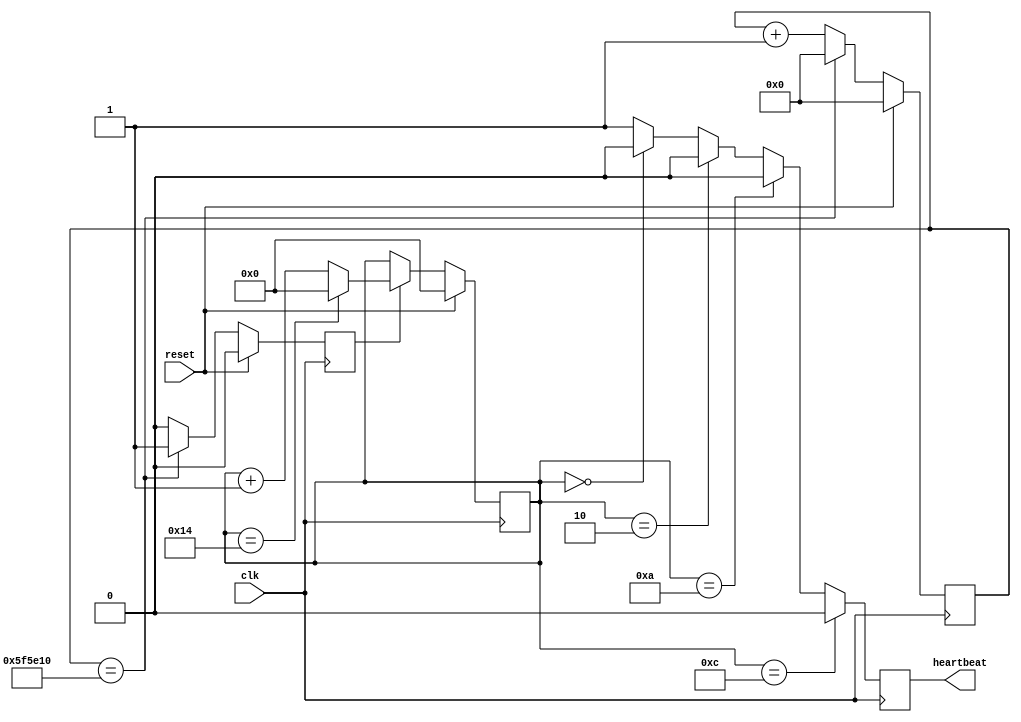
///////////////////////////////////////////////////////////////////////////////
// $Id: cpci_heartbeat.v 6061 2010-04-01 20:53:23Z grg $
//
// Module: cpci_heartbeat.v
// Project: CPCI
// Description:
//              Implements the LED heartbeat
//
///////////////////////////////////////////////////////////////////////////////


module cpci_heartbeat

   (

    output reg heartbeat,

    input reset,
    input clk

    );

   // generate a much slower clock - 10 Hz

   parameter MAX_COUNT = 6250000;

   reg [23:0] ten_hertz_count;

   always @(posedge clk)
     if (reset) ten_hertz_count <= 'h0;
     else
       if (ten_hertz_count == MAX_COUNT) ten_hertz_count <= 'h0;
       else ten_hertz_count <= ten_hertz_count + 24'h1;


   reg 	      ten_hertz;

   always @(posedge clk)
     if (reset) ten_hertz <= 'h0;
     else ten_hertz <= (ten_hertz_count == MAX_COUNT) ? 1 : 0;


   // this is the slow counting counter

   reg [4:0]  slow_count;

   always @(posedge clk)
     if (reset) slow_count <= 'h0;
     else if (ten_hertz) begin
	if (slow_count == 20) slow_count <= 'h0;
	else                  slow_count <= slow_count + 'h1;
     end

   // Now generate hearbeat.

   reg 	      heartbeat_nxt;

   always @* begin
      heartbeat_nxt = 1;
      if (slow_count == 'd0 ) heartbeat_nxt = 0;
      if (slow_count == 'd2 ) heartbeat_nxt = 0;
      if (slow_count == 'd10) heartbeat_nxt = 0;
      if (slow_count == 'd12) heartbeat_nxt = 0;
   end

   always @(posedge clk) heartbeat <= heartbeat_nxt;

endmodule // cpci_heartbeat